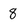
Character: 8